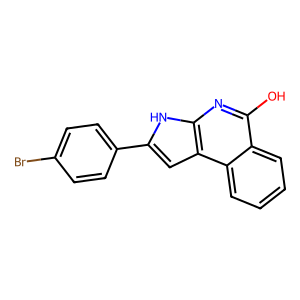
SMILES: Oc1nc2[nH]c(-c3ccc(Br)cc3)cc2c2ccccc12
Inhibits HIV replication: No